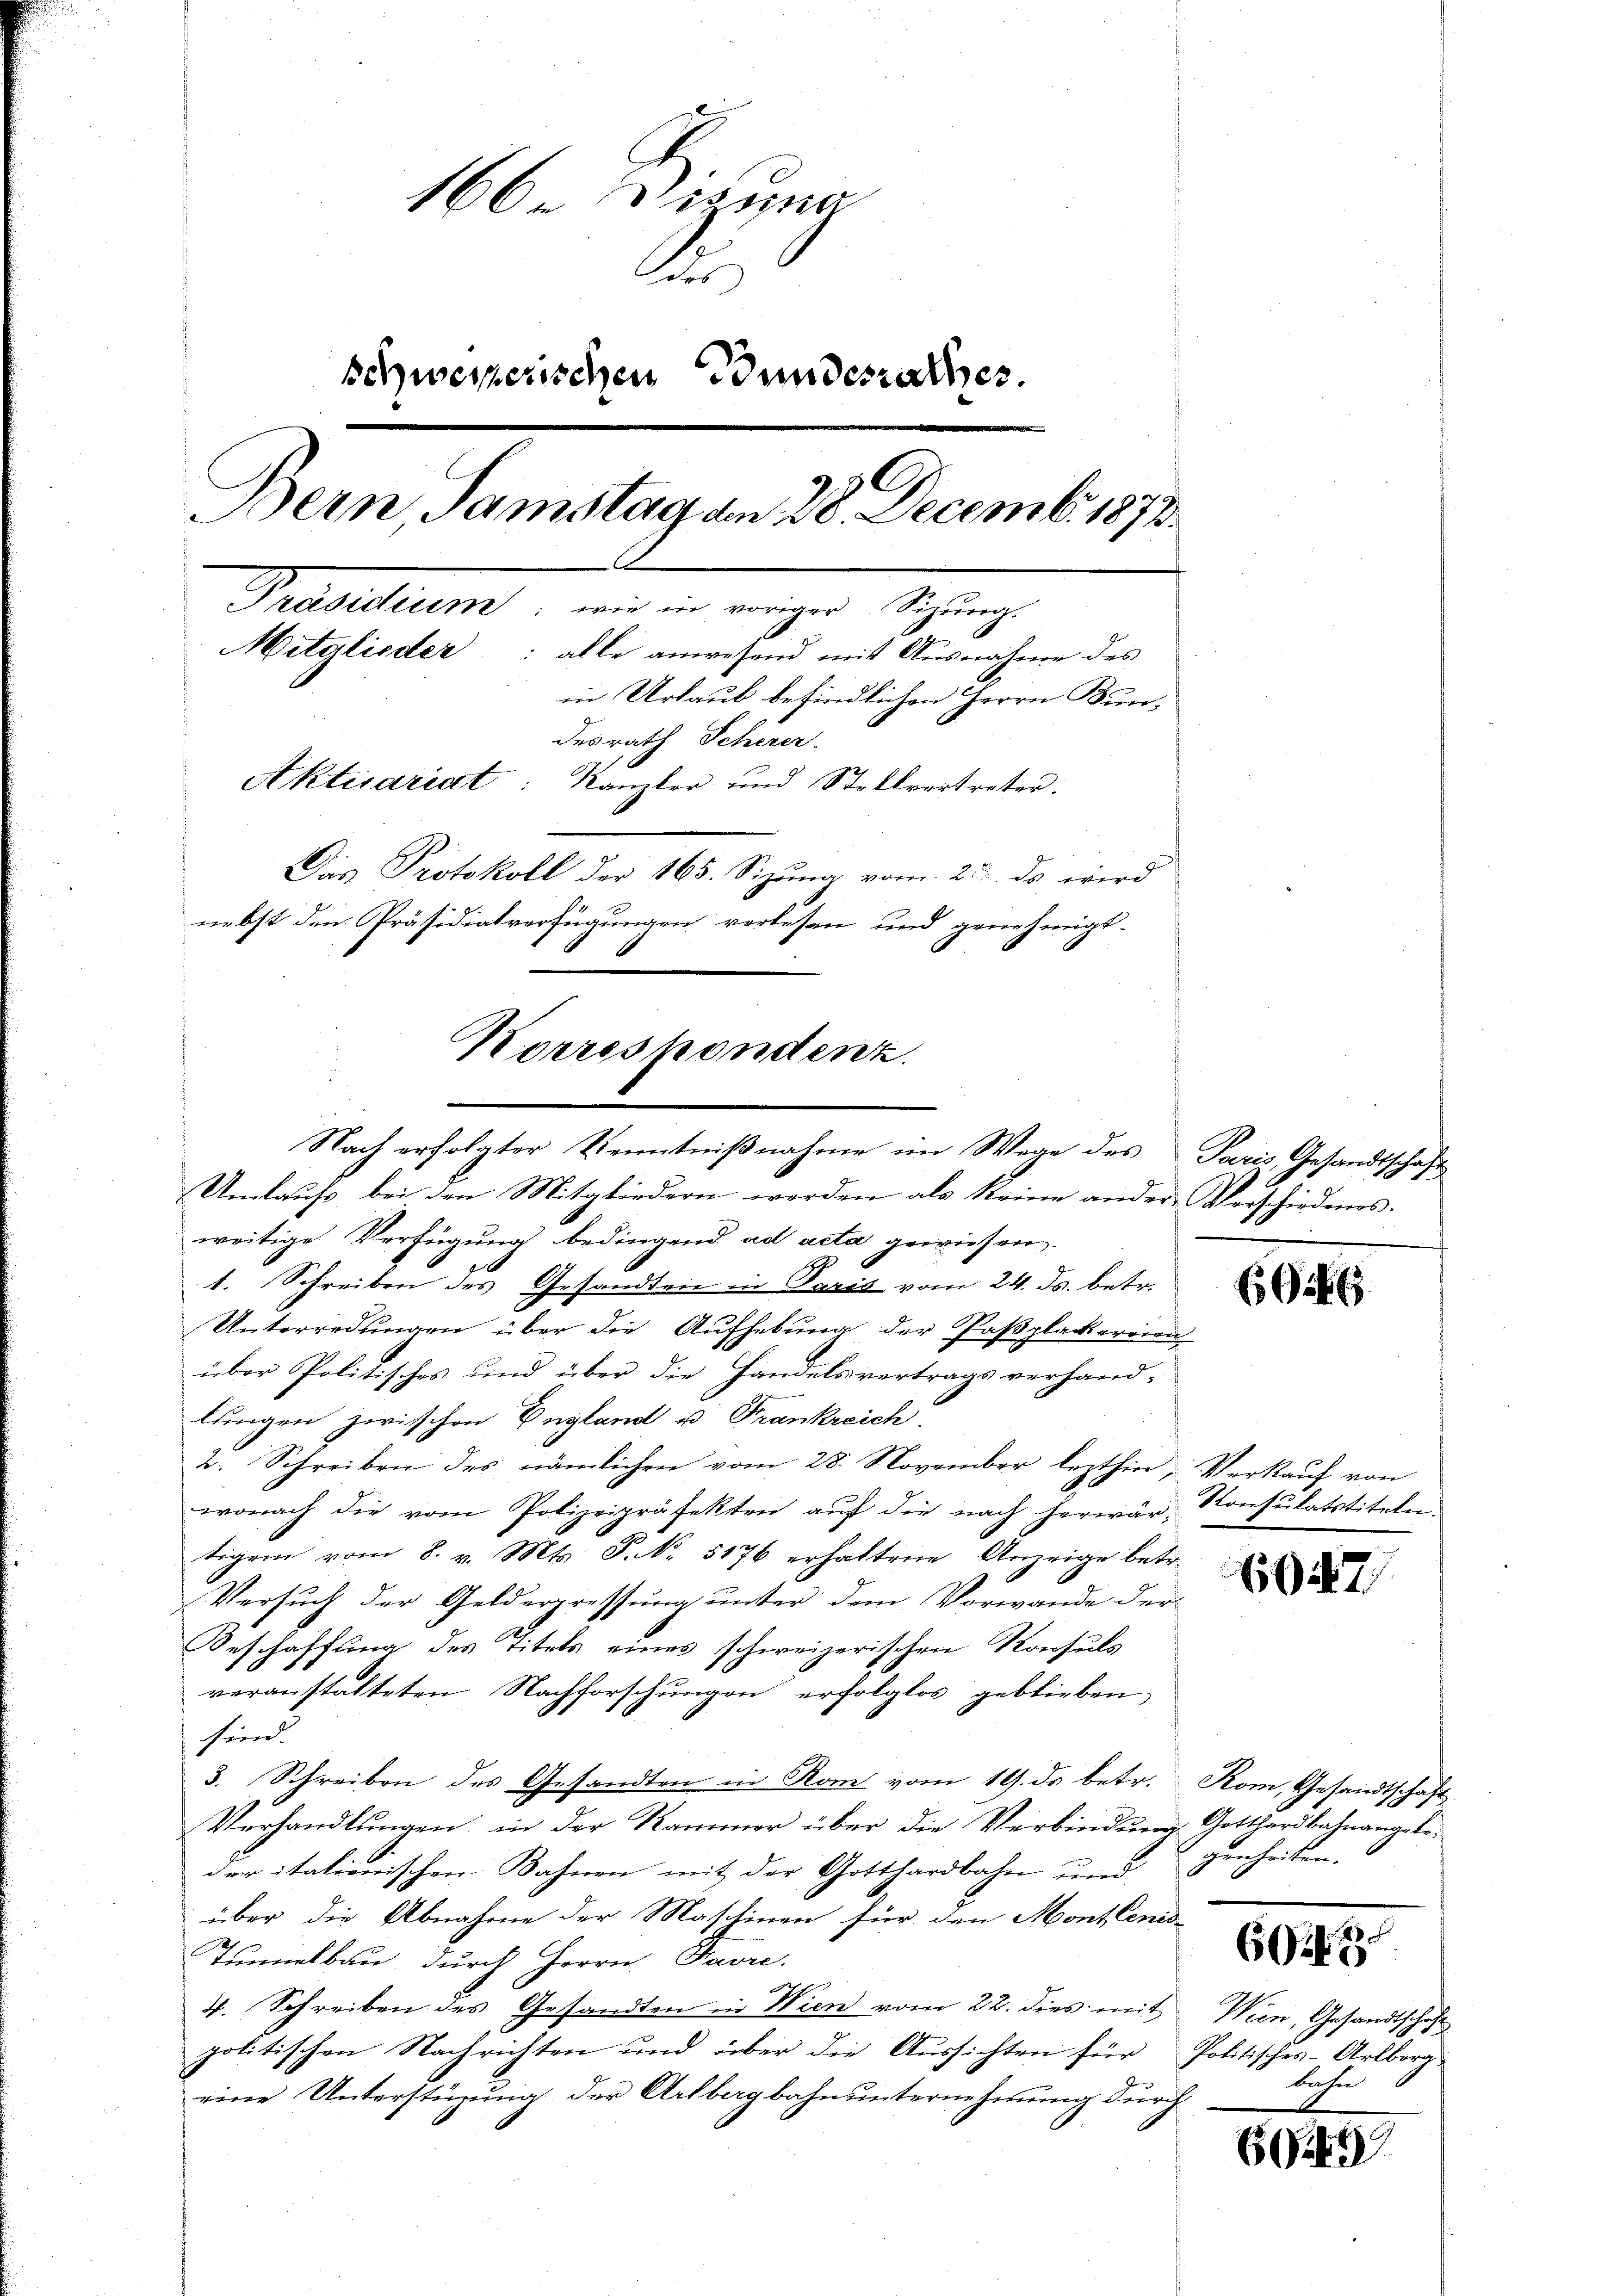
166. Vizung
des
schweizerischen Bundesrathes.
Bern Samstag am 28. Decemb. 1873.
Trasadium, wie in einger Sitzung
Mitglieder: alle anwesend mit Ausnahme des
in Urlaub befindlichen Herrn Kundesrath Scherer.
Aktuariat: Kanzler und Stellvertreter.
Das Protokoll der 165. Sizung vom 23. ds wird
nebst den Präsidialverfügungen verlesen und genehmigt.
Korrespondenz

weitige Verfügung bedingend ad acta gewiesen.
1. Schreiben des Gesandten in Pasis vom 24. Js. betr.
Unterredungen über die Aufhebung der Paßplackereien
über Politisches und über die Handelsvertrags verhand-
lungen zwischen England u. Frankreich
2. Schreiben des nämlichen vom 28. November lezthin Verkauf von
wonach die vom Polizeipräfekten auf die nach herwär-Konsulatstiteln
tigem vom 8. v. Mts. S. Nr. 5176 erhaltene Anzeige betr.
Versuch der Gelderpressung unter dem Vorwande der
Beschaffung des Titels eines schweizerischen Konsuls
veranstalteten Nachforschungen erfolglos geblieben
hsein.
3. Schreiben des Gesandten in Rom vom 19. ds betr. Rom, Gesandtschaft
Verhandlungen, in der Kammer über die Verbindung Gotthardbahnangebeder italionischen Bahnen mit der Gotthardbahn und
über die Abnahme der Maschinen für den Mont lenis-
Tunnelbau, durch Herrn Favre.
4. Schreiben des Gesandten in Wien vom 22. dies mit Wien, Gesandtschaft
politischen Nachrichten und über die Aussichten für Politisches-Arlberg
eine Unterstüzung der Arlbergbahnunternehmung durch

Nach erfolgter Kenntnißnahme im Wege des Paris Gesandtschaft
Umlaufs, bei den Mitgliedern werden als keine ander Verschiedenes.

626

627

genheiten.

693

behn

69